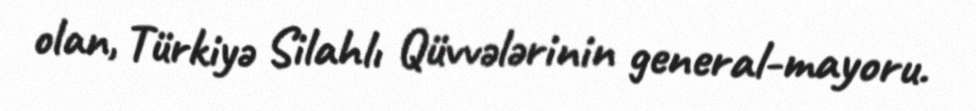
olan, Türkiyə Silahlı Qüvvələrinin general-mayoru.